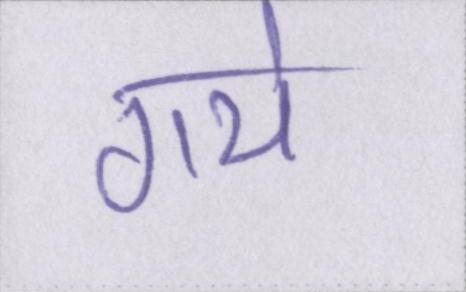
गये